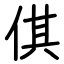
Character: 倛